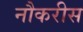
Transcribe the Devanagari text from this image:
नौकरीस